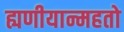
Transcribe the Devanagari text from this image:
ह्यणीयान्महतो